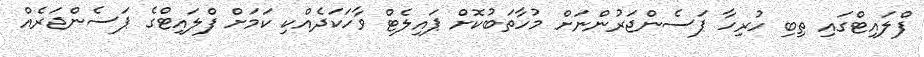
ފްލައިޓްގައި ތިބި ހުރިހާ ޕަސެންޖަރުންނަށް މުހާތަބުކޮށް ޕައިލެޓް ވާހަކަދެއްކި ކަމަށް ފްލައިޓްގެ ޕަސެންޖަރެއް